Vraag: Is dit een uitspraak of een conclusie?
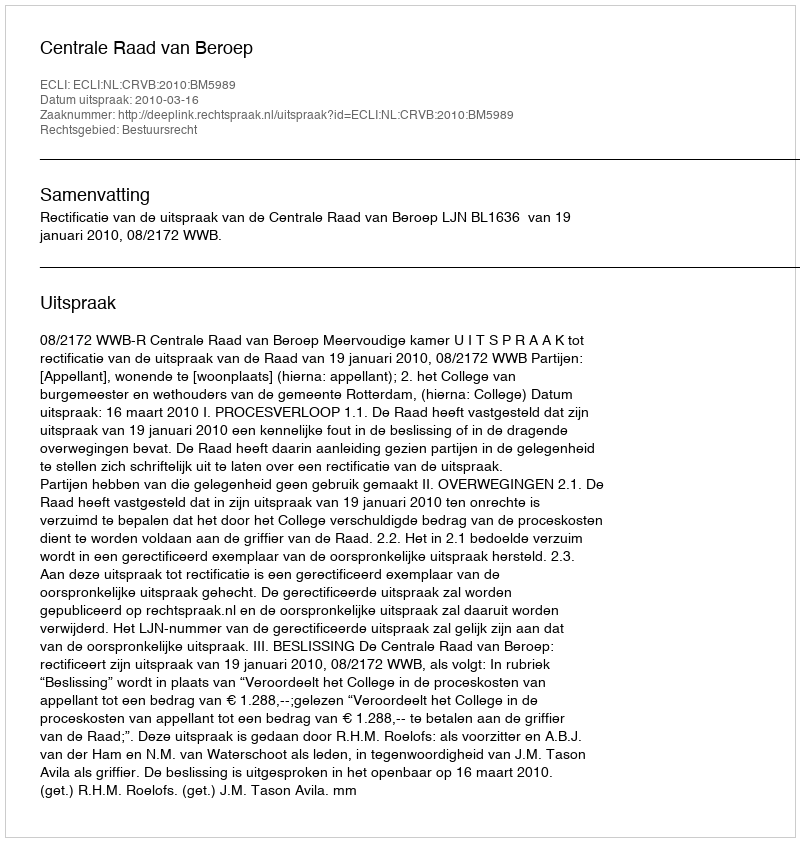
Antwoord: Uitspraak